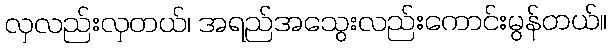
လှလည်းလှတယ်၊ အရည်အသွေးလည်းကောင်းမွန်တယ်။